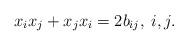
LaTeX: \begin{align*}x_{i} x_{j} +x_{j} x_{i} = 2b_{i j}, {}\; i,j.\end{align*}